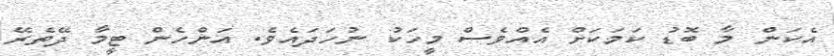
އެކަން މާ ބޮޑު ކަމަކަށް އެއްވެސް މީހަކު ނުހަދައެވެ. އަންހެން ޓީމާ ދޭތެރޭ